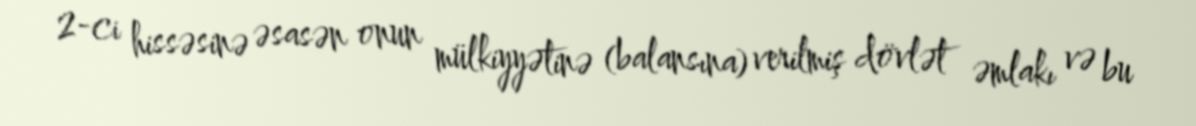
2-ci hissəsinə əsasən onun mülkiyyətinə (balansına) verilmiş dövlət əmlakı və bu